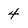
Character: 4